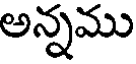
అన్నము